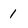
Character: 1